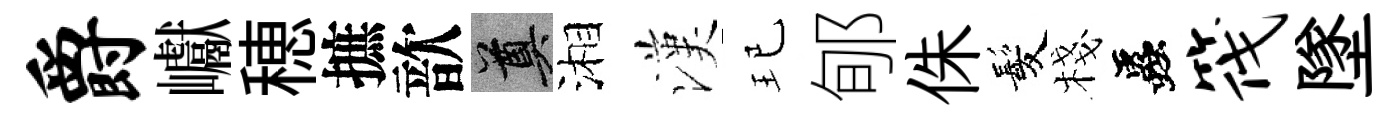
爵巘穂摭歆奠湘漢玘郇侏髪棧蟲筏墜